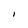
Character: I